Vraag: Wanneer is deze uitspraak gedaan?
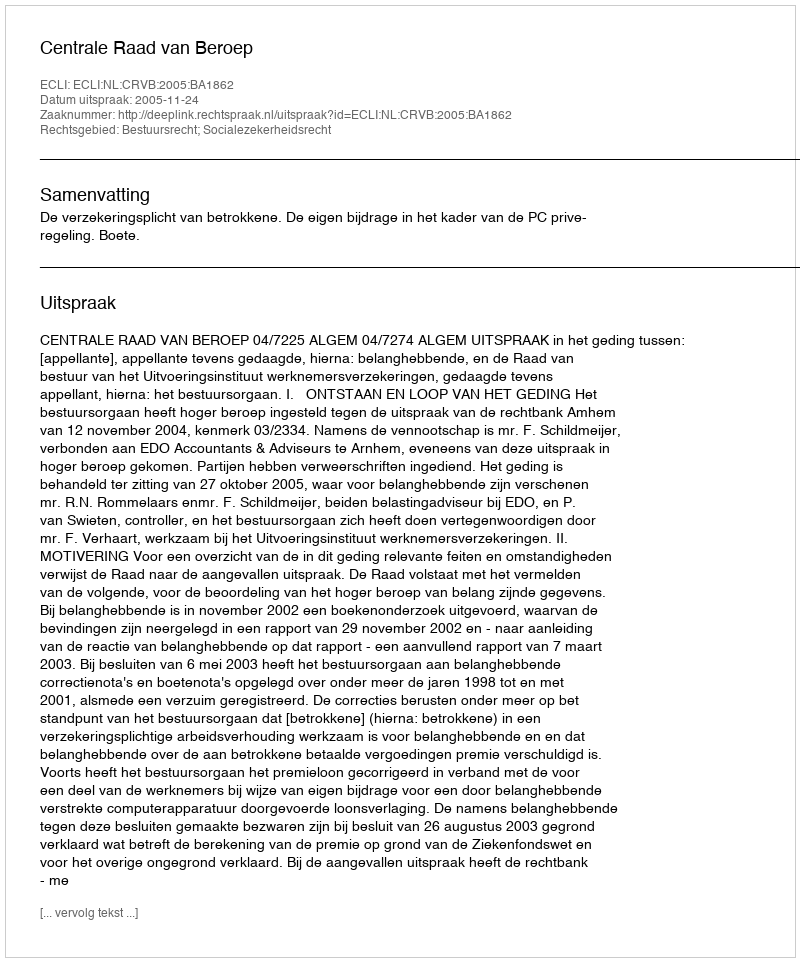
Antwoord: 2005-11-24